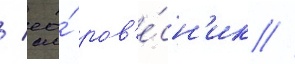
/ ео́ ров'е́сн'ик //